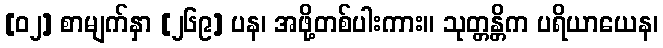
[၀၂] စာမျက်နှာ [၂၆၉] ပန၊ အဖို့တစ်ပါးကား။ သုတ္တန္တိက ပရိယာယေန၊